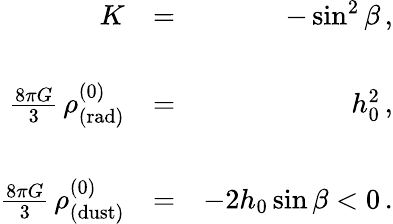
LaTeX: \begin{array}{rlr}{K}&{=}&{-\sin^{2}\beta\, ,}\\ &{}&\\ {\frac{8\pi G}{3}\, \rho_{\mathrm{(rad)}}^{(0)}}&{=}&{h_{0}^{2}\, ,}\\ &{}&\\ {\frac{8\pi G}{3}\, \rho_{\mathrm{(dust)}}^{(0)}}&{=}&{-2h_{0}\sin\beta<0\, .}\end{array}